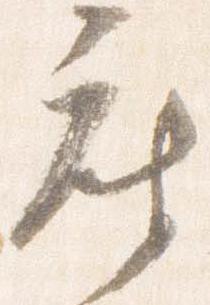
座